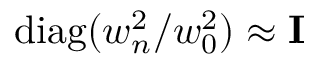
\mathrm { d i a g } ( w _ { n } ^ { 2 } / w _ { 0 } ^ { 2 } ) \approx { \bf I }